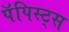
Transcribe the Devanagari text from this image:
पॅपिस्ट्स